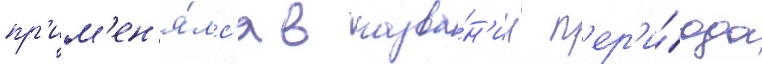
пр'им'ен'я́лс'я в назва́н'ии п'ер'и́ода